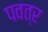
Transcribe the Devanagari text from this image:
पवत्र